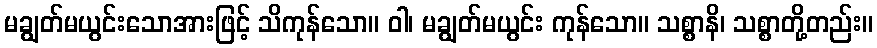
မချွတ်မယွင်းသောအားဖြင့် သိကုန်သော။ ဝါ၊ မချွတ်မယွင်း ကုန်သော။ သစ္စာနိ၊ သစ္စာတို့တည်း။